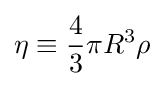
\eta \equiv {\frac {4}{3}}\pi R^{3}\rho